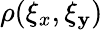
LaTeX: \rho(\xi_{x},\xi_{\mathbf{y}})